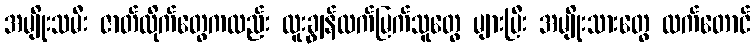
အမျိုးသမီး ဇာတ်လိုက်တွေကလည်း ထူးချွန်ထက်မြက်သူတွေ များပြီး အမျိုးသားတွေ ထက်တောင်